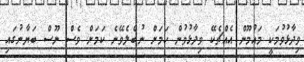
ވިދާޅުވުމަކީ މައުމޫން އެއްޗެކޭ ވިދާޅުވުން ކަމަށް ނުބެލެވޭނެ ކަމަށް ވެސް ނޫސް ބަޔާނުގައި